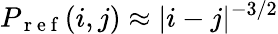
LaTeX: P_{\mathrm{~r~e~f~}}(i,j)\approx|i-j|^{-3/2}